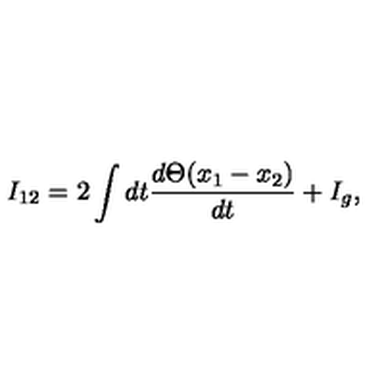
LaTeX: I _ { 1 2 } = 2 \int d t \frac { d \Theta ( x _ { 1 } - x _ { 2 } ) } { d t } + I _ { g } ,